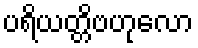
ပရိယတ္တိဗဟုလော